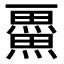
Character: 𭻴